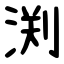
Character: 渕